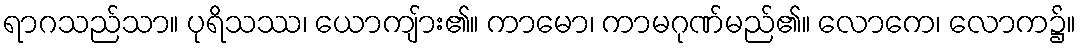
ရာဂသည်သာ။ ပုရိသဿ၊ ယောကျ်ား၏။ ကာမော၊ ကာမဂုဏ်မည်၏။ လောကေ၊ လောက၌။